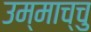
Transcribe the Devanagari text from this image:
उम्माच्चु